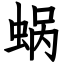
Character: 蜗